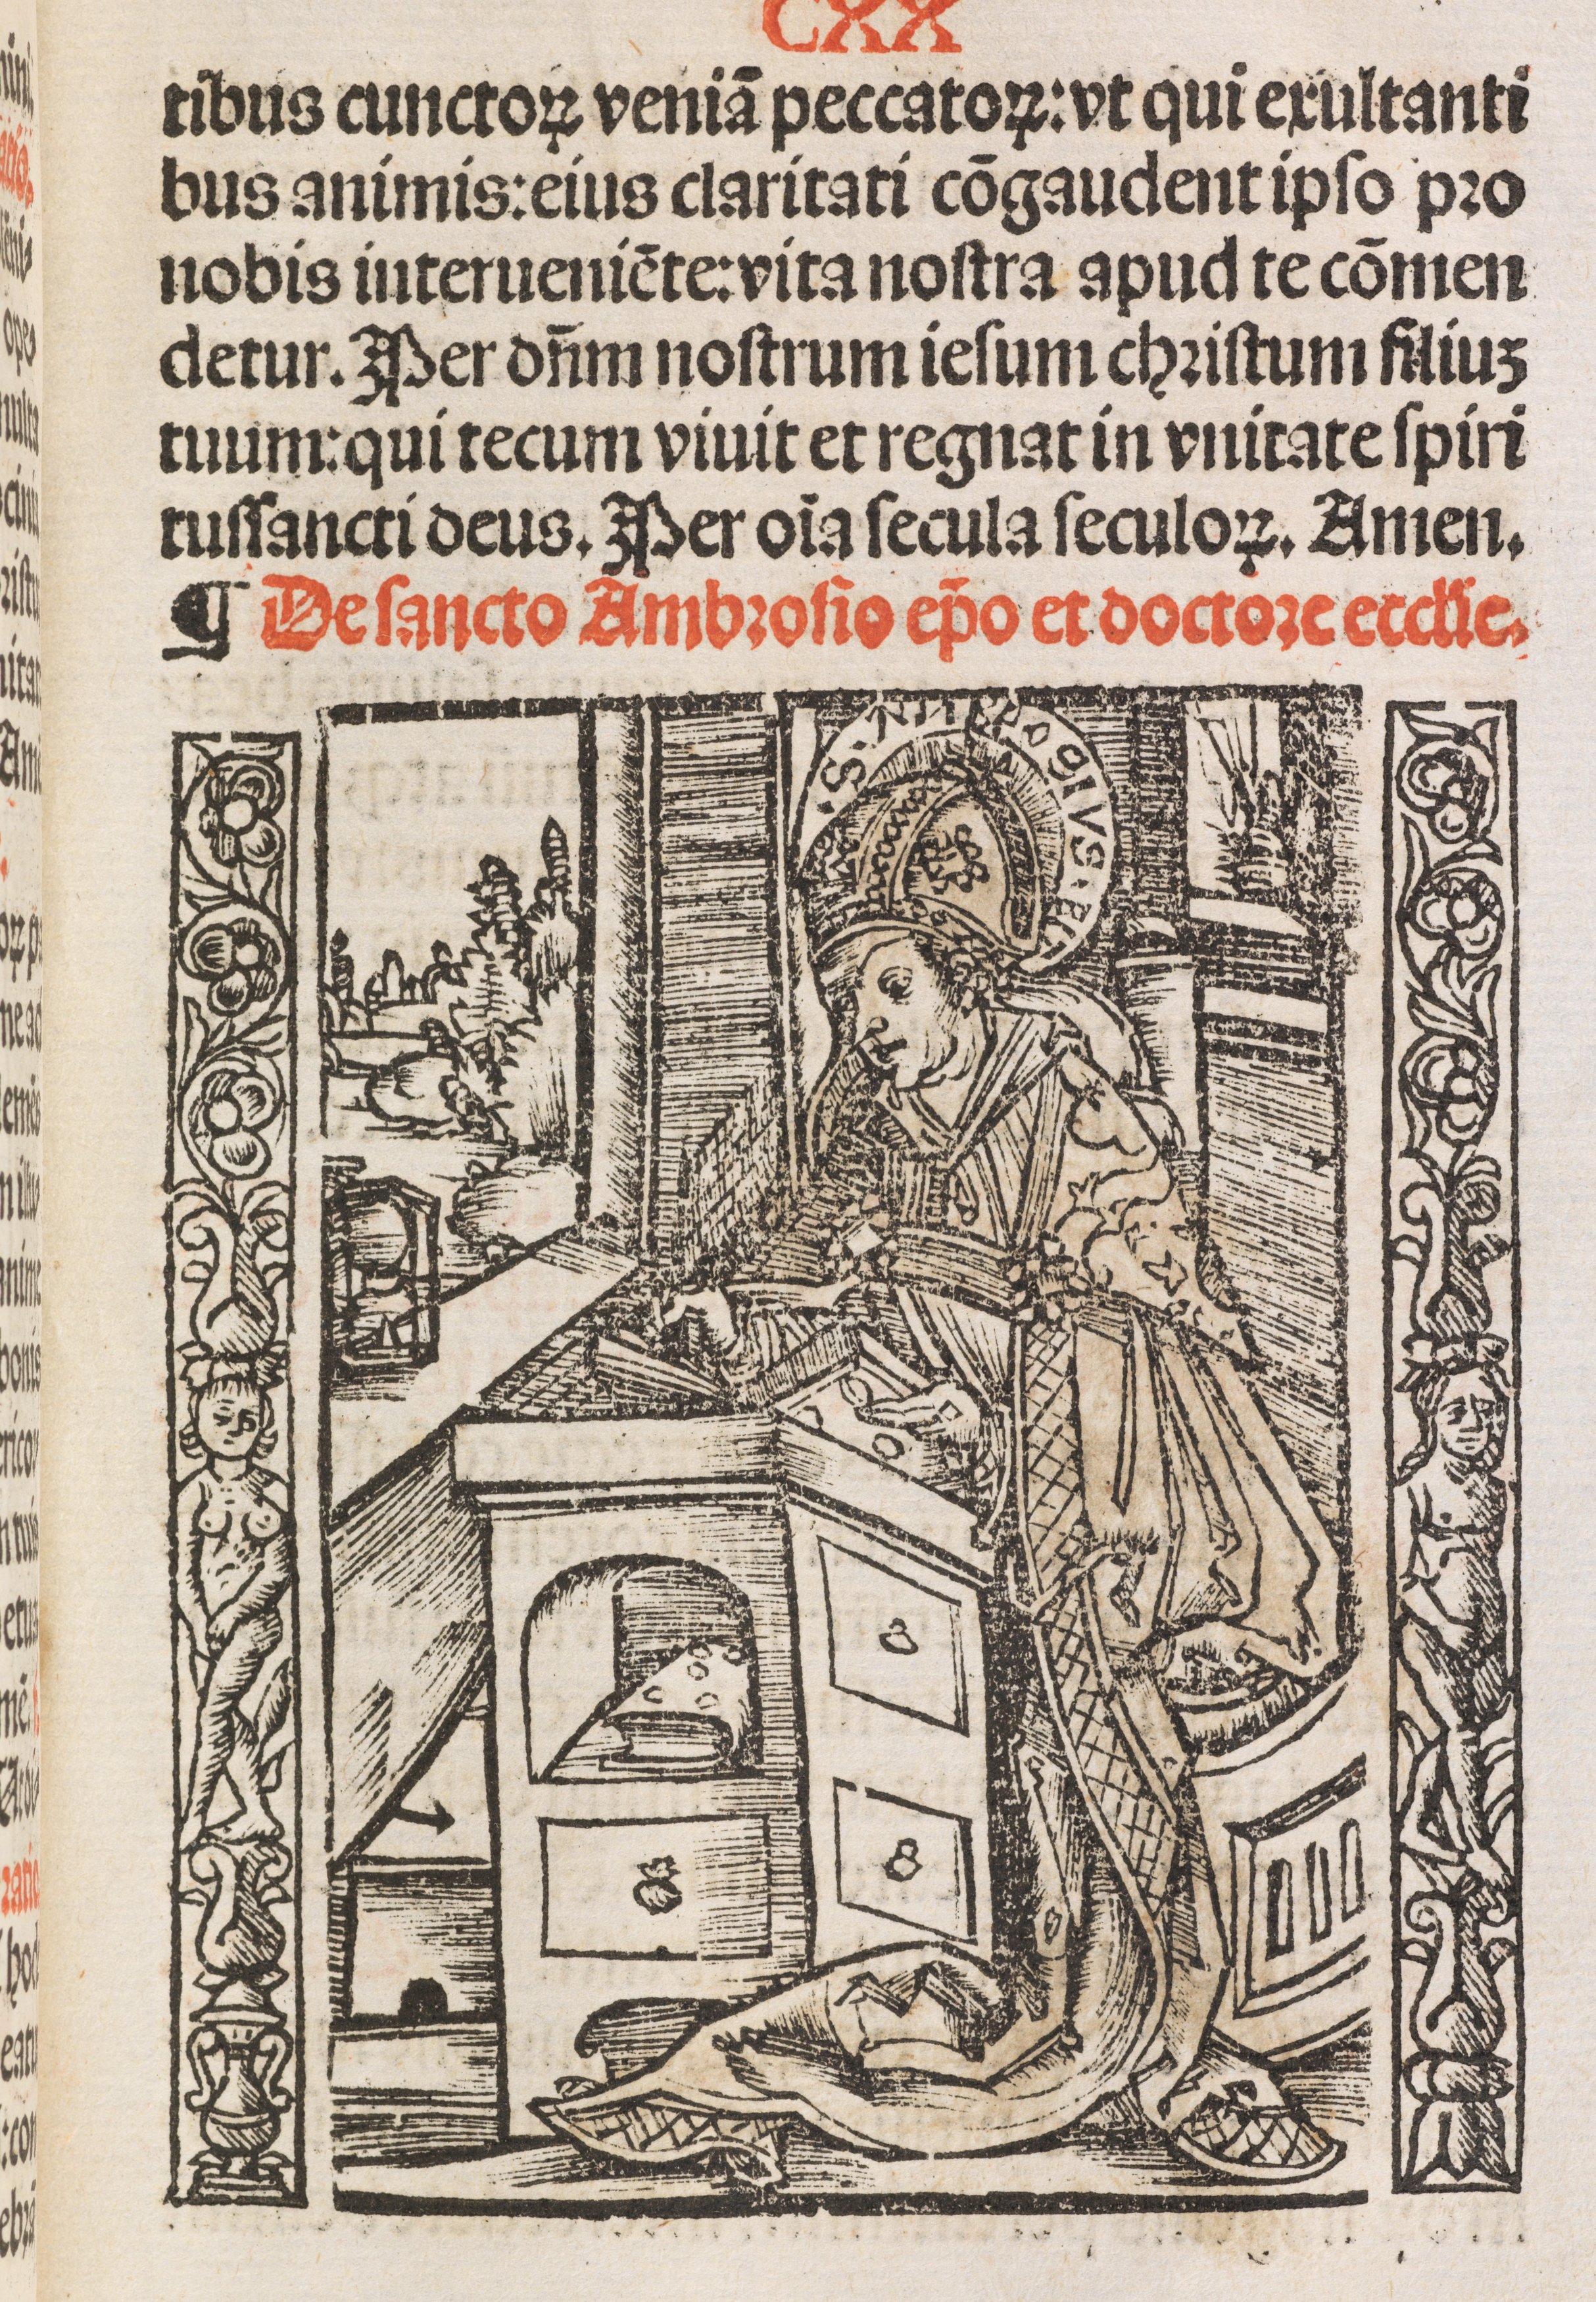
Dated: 1500–1524